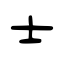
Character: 士